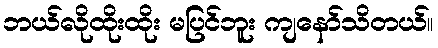
ဘယ်လိုထိုးထိုး မပြင်ဘူး ကျနော်သိတယ်။